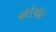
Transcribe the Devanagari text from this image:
पोर्टस्पैन